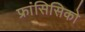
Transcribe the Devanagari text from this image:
फ्रांसिसिको